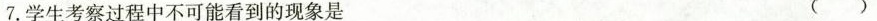
7.学生考察过程中不可能看到的现象是 ( )